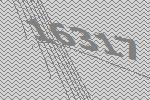
16317